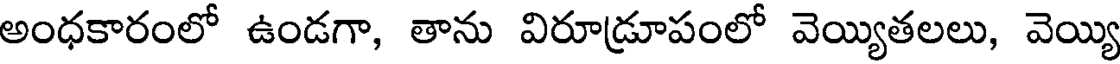
అంధకారంలో ఉండగా, తాను విరూడ్రూపంలో వెయ్యితలలు, వెయ్యి